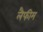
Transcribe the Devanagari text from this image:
लैफीम